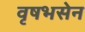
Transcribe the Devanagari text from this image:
वृषभसेन